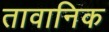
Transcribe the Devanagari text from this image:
तावानिक